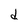
Character: d